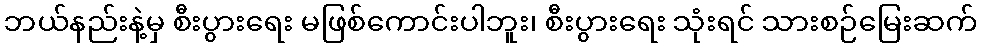
ဘယ်နည်းနဲ့မှ စီးပွားရေး မဖြစ်ကောင်းပါဘူး၊ စီးပွားရေး သုံးရင် သားစဉ်မြေးဆက်